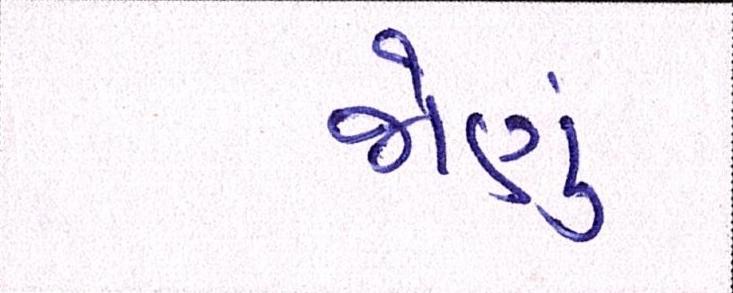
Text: જોણું